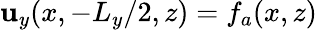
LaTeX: \mathbf{u}_{y}(x,-L_{y}/2,z)=f_{a}(x,z)